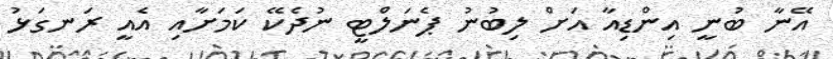
އޭނާ ބުނީ އިންޑިއާ އަށް ލިބުނު ޕެނަލްޓީ ނުދެކޭ ކަމަށާއި އެއީ ރަނގަޅު